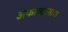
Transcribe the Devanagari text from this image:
अफाल्टरबाक